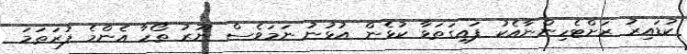
ކުޑައިރު ރަށްޓެހިންނާއެކު ފައިގަތަޅާ ކުޅެން އުޅުނު ނަމަވެސް ނޫރު ތޯހާ އެންމެ ފުރަތަމަ